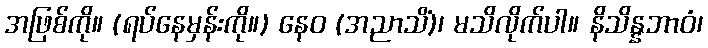
အဖြစ်ကို။ (ရပ်နေမှန်းကို။) နေဝ (အညာသိံ)၊ မသိလိုက်ပါ။ နိသိန္နဘာဝံ၊